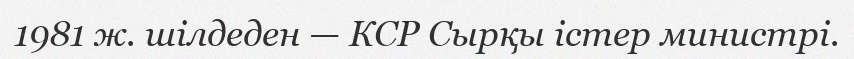
1981 ж. шілдеден — КСР Сырқы істер министрі.